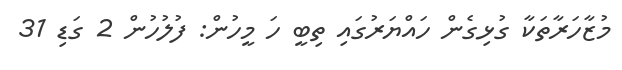
މުޒާހަރާތަކާ ގުޅިގެން ހައްޔަރުގައި ތިބީ ހަ މީހުން: ފުލުހުން 2 ގަޑި 31